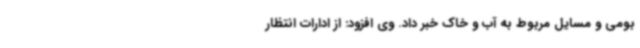
بومی و مسایل مربوط به آب و خاک خبر داد. وی افزود: از ادارات انتظار